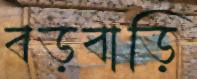
বড়বাড়ি